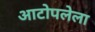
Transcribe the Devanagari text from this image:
आटोपलेला